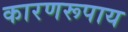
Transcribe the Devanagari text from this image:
कारणरूपाय